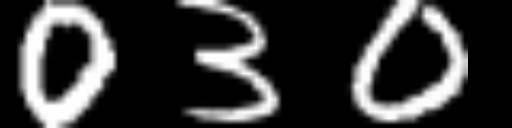
Text: 030